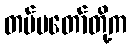
တပ်မတော်တို့က